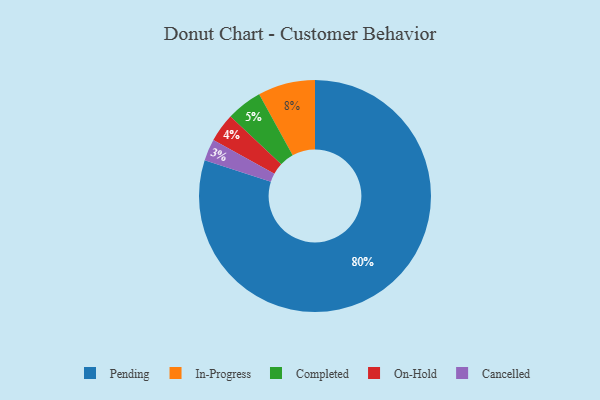
{"axis": {"x": "Category", "y": "Percentage"}, "legend": ["Cancelled", "Completed", "In-Progress", "On-Hold", "Pending"], "data": [{"x": "Pending", "y": 80, "type": "Pending"}, {"x": "Cancelled", "y": 3, "type": "Cancelled"}, {"x": "Completed", "y": 5, "type": "Completed"}, {"x": "In-Progress", "y": 8, "type": "In-Progress"}, {"x": "On-Hold", "y": 4, "type": "On-Hold"}]}